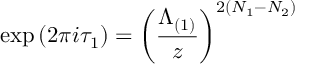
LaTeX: \mathrm { e x p } \left( 2 \pi i \tau _ { 1 } \right) = \left( \frac { \Lambda _ { ( 1 ) } } { z } \right) ^ { 2 ( N _ { 1 } - N _ { 2 } ) }